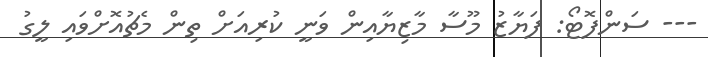
--- ސަންފޮޓޯ: ފަޔާޒު މޫސާ މާޒިޔާއިން ވަނީ ކުރިއަށް ތިން މެޗުއޮށްވައި ލީގު